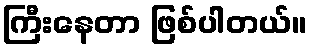
ကြီးနေတာ ဖြစ်ပါတယ်။